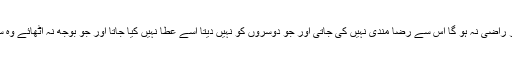
جو قضائے الٰہی پر راضی نہ ہو گا اس سے رضا مندی نہیں کی جاتی اور جو دوسروں کو نہیں دیتا اسے عطا نہیں کیا جاتا اور جو بوجھ نہ اٹھائے وہ سوار نہیں کیا جاتا ۔